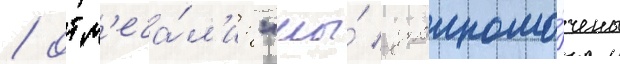
/ отм'еча́л'и: "мы́ уполномо́чены